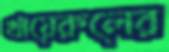
খায়েরুলের